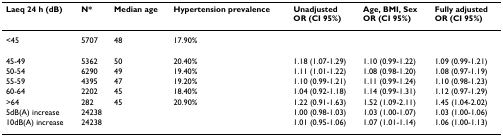
<table><thead><tr><td><b>Laeq 24 h (dB)</b></td><td><b>N*</b></td><td><b>Median age</b></td><td><b>Hypertension prevalence</b></td><td><b>UnadjustedOR (CI 95%)</b></td><td><b>Age, BMI, SexOR (CI 95%)</b></td><td><b>Fully adjustedOR (CI 95%)</b></td></tr></thead><tbody><tr><td>&lt;45</td><td>5707</td><td>48</td><td>17.90%</td><td></td><td></td><td></td></tr><tr><td>45-49</td><td>5362</td><td>50</td><td>20.40%</td><td>1.18 (1.07-1.29)</td><td>1.10 (0.99-1.22)</td><td>1.09 (0.99-1.21)</td></tr><tr><td>50-54</td><td>6290</td><td>49</td><td>19.40%</td><td>1.11 (1.01-1.22)</td><td>1.08 (0.98-1.20)</td><td>1.08 (0.97-1.19)</td></tr><tr><td>55-59</td><td>4395</td><td>47</td><td>19.20%</td><td>1.10 (0.99-1.21)</td><td>1.11 (0.99-1.24)</td><td>1.10 (0.98-1.23)</td></tr><tr><td>60-64</td><td>2202</td><td>45</td><td>18.40%</td><td>1.04 (0.92-1.18)</td><td>1.14 (0.99-1.31)</td><td>1.12 (0.97-1.29)</td></tr><tr><td>&gt;64</td><td>282</td><td>45</td><td>20.90%</td><td>1.22 (0.91-1.63)</td><td>1.52 (1.09-2.11)</td><td>1.45 (1.04-2.02)</td></tr><tr><td>5dB(A) increase</td><td>24238</td><td></td><td></td><td>1.00 (0.98-1.03)</td><td>1.03 (1.00-1.07)</td><td>1.03 (1.00-1.06)</td></tr><tr><td>10dB(A) increase</td><td>24238</td><td></td><td></td><td>1.01 (0.95-1.06)</td><td>1.07 (1.01-1.14)</td><td>1.06 (1.00-1.13)</td></tr></tbody></table>